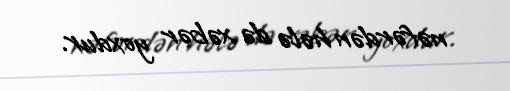
nəfərdən hələ də xəbər yoxdur.